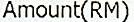
AMOUNT(RM)